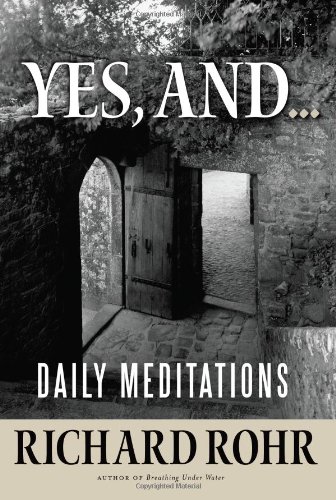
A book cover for Yes, and...: Daily Meditations; Richard Rohr; Religion & Spirituality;